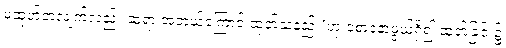
မထုတ်ဘဲလျက်လည်း ဆရာ အဘယ့်ကြောင့် ထုတ်သနည်း’ဟု စောဒနာဖွယ်ရှိ၍ ထုတ်ခြင်း၌